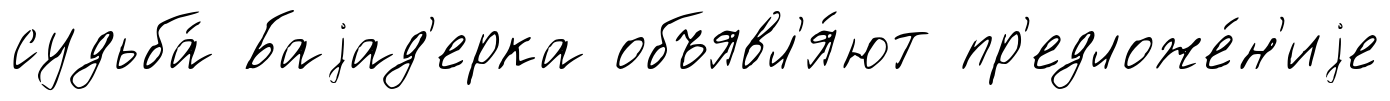
судьба́ Баjад'ерка объявл'я́ют пр'едложе́н'иjе